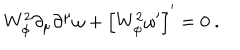
W _ { \phi } ^ { 2 } \partial _ { \mu } \partial ^ { \mu } \omega + \left[ W _ { \phi } ^ { 2 } \omega ^ { \prime } \right] ^ { \prime } = 0 ~ .